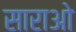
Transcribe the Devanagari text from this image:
साराओ